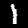
Digit: 1